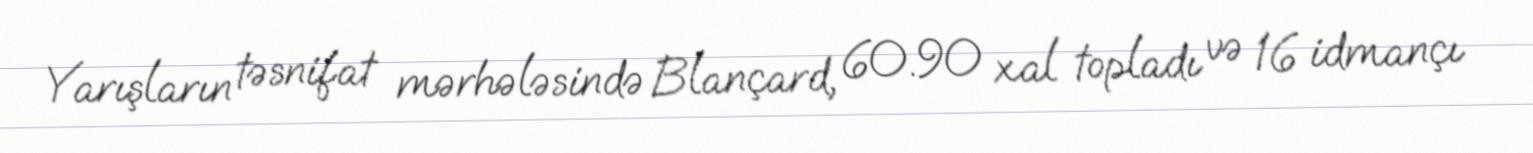
Yarışların təsnifat mərhələsində Blançard, 60.90 xal topladı və 16 idmançı